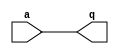
module mbuf (
	   input a,
	   output q
	   );
   assign 	  q = a;
endmodule